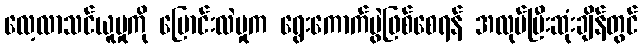
လေ့လာသင်ယူမှုကို ပြောင်းလဲမှုက ရွေးကောက်ပွဲဖြစ်စေရန် အလုပ်ပြီးဆုံးချိန်တွင်